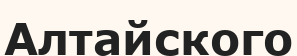
Алтайского